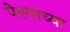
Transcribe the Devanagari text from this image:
पेश्याच्या